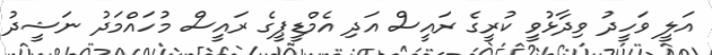
އަލީ ވަހީދު ވިދާޅުވީ ކުރީގެ ރައީސް އަދި އެމްޑީޕީގެ ރައީސް މުހައްމަދު ނަޝީދު